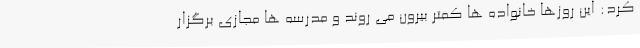
کرد: این روزها خانواده ها کمتر بیرون می روند و مدرسه ها مجازی برگزار